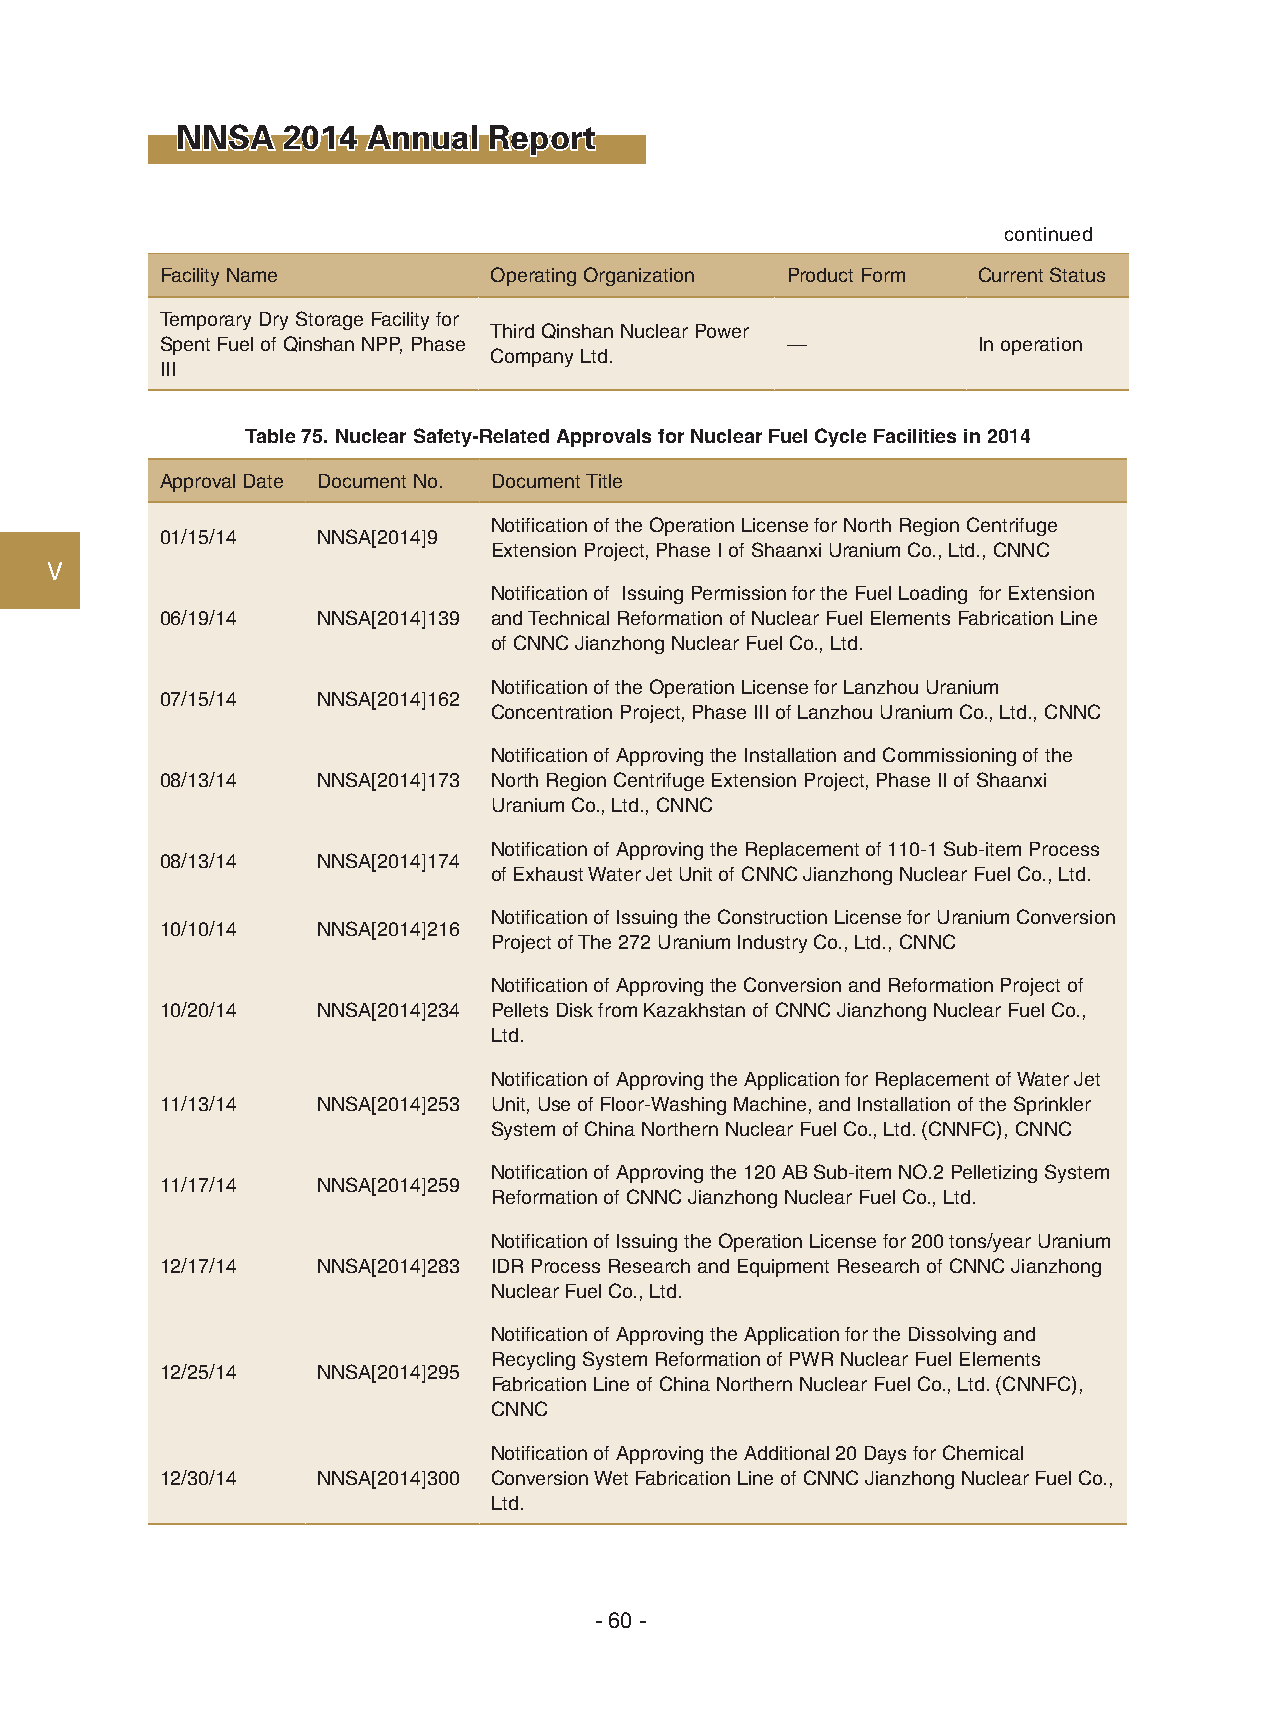
NNSA   2014 Annual  Report
 continued
 Facility Name        Operating Organization Product Form Current Status
 Temporary Dry Storage Facility for
 Third Qinshan Nuclear Power
 Spent Fuel of Qinshan NPP, Phase         —            In operation
 Company Ltd.
 III
 Table 75. Nuclear Safety-Related Approvals for Nuclear Fuel Cycle Facilities in 2014
 Approval Date Document No. Document Title
 Notification of the Operation License for North Region Centrifuge
 01/15/14  NNSA[2014]9
 Extension Project, Phase I of Shaanxi Uranium Co., Ltd., CNNC
 Ⅴ
 Notification of Issuing Permission for the Fuel Loading for Extension
 06/19/14  NNSA[2014]139 and Technical Reformation of Nuclear Fuel Elements Fabrication Line
 of CNNC Jianzhong Nuclear Fuel Co., Ltd.
 Notification of the Operation License for Lanzhou Uranium
 07/15/14  NNSA[2014]162
 Concentration Project, Phase III of Lanzhou Uranium Co., Ltd., CNNC
 Notification of Approving the Installation and Commissioning of the
 08/13/14  NNSA[2014]173 North Region Centrifuge Extension Project, Phase II of Shaanxi
 Uranium Co., Ltd., CNNC
 Notification of Approving the Replacement of 110-1 Sub-item Process
 08/13/14  NNSA[2014]174
 of Exhaust Water Jet Unit of CNNC Jianzhong Nuclear Fuel Co., Ltd.
 Notification of Issuing the Construction License for Uranium Conversion
 10/10/14  NNSA[2014]216
 Project of The 272 Uranium Industry Co., Ltd., CNNC
 Notification of Approving the Conversion and Reformation Project of
 10/20/14  NNSA[2014]234 Pellets Disk from Kazakhstan of CNNC Jianzhong Nuclear Fuel Co.,
 Ltd.
 Notification of Approving the Application for Replacement of Water Jet
 11/13/14  NNSA[2014]253 Unit, Use of Floor-Washing Machine, and Installation of the Sprinkler
 System of China Northern Nuclear Fuel Co., Ltd. (CNNFC), CNNC
 Notification of Approving the 120 AB Sub-item NO.2 Pelletizing System
 11/17/14  NNSA[2014]259
 Reformation of CNNC Jianzhong Nuclear Fuel Co., Ltd.
 Notification of Issuing the Operation License for 200 tons/year Uranium
 12/17/14  NNSA[2014]283 IDR Process Research and Equipment Research of CNNC Jianzhong
 Nuclear Fuel Co., Ltd.
 Notification of Approving the Application for the Dissolving and
 Recycling System Reformation of PWR Nuclear Fuel Elements
 12/25/14  NNSA[2014]295
 Fabrication Line of China Northern Nuclear Fuel Co., Ltd. (CNNFC),
 CNNC
 Notification of Approving the Additional 20 Days for Chemical
 12/30/14  NNSA[2014]300 Conversion Wet Fabrication Line of CNNC Jianzhong Nuclear Fuel Co.,
 Ltd.
 - 60 -